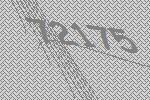
72175